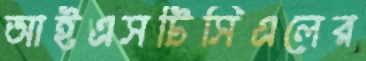
আইএসটিসিএলের